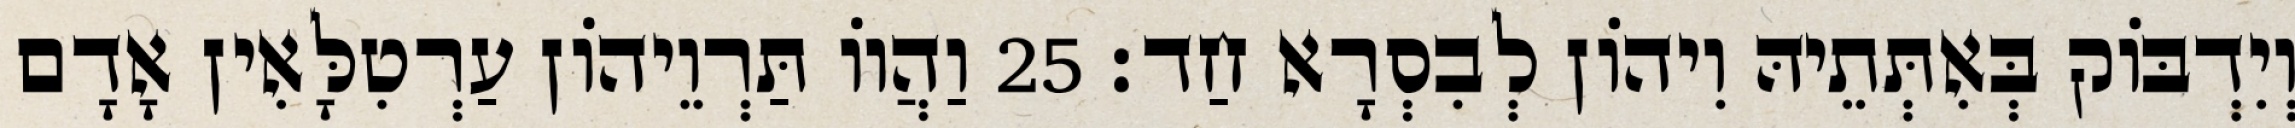
וְיִדְבּוֹק בְּאִתְּתֵיהּ וִיהוֹן לְבִסְרָא חַד׃ 25 וַהֲווֹ תַּרְוֵיהוֹן עַרְטִלָּאִין אָדָם